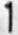
1